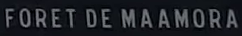
FORET DE MAAMORA